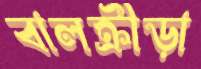
বালক্রীড়া